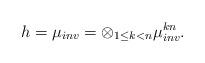
LaTeX: \begin{align*}h=\mu_{inv}=\otimes _{1\leq k<n}\mu_{inv}^{kn}.\end{align*}